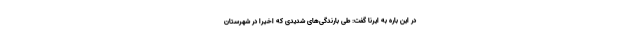
در این باره به ایرنا گفت: طی بارندگی‌های شدیدی که اخیرا در شهرستان